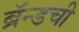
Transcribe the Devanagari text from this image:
ब्रॅन्डची